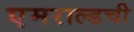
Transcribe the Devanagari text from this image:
एमराल्डची